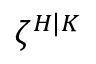
\zeta ^ { H | K }